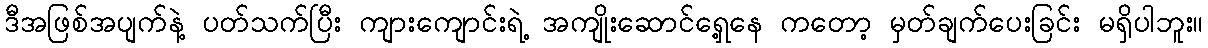
ဒီအဖြစ်အပျက်နဲ့ ပတ်သက်ပြီး ကျားကျောင်းရဲ့ အကျိုးဆောင်ရှေ့နေ ကတော့ မှတ်ချက်ပေးခြင်း မရှိပါဘူး။